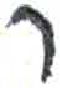
אות: ר